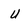
Character: u